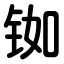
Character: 铷